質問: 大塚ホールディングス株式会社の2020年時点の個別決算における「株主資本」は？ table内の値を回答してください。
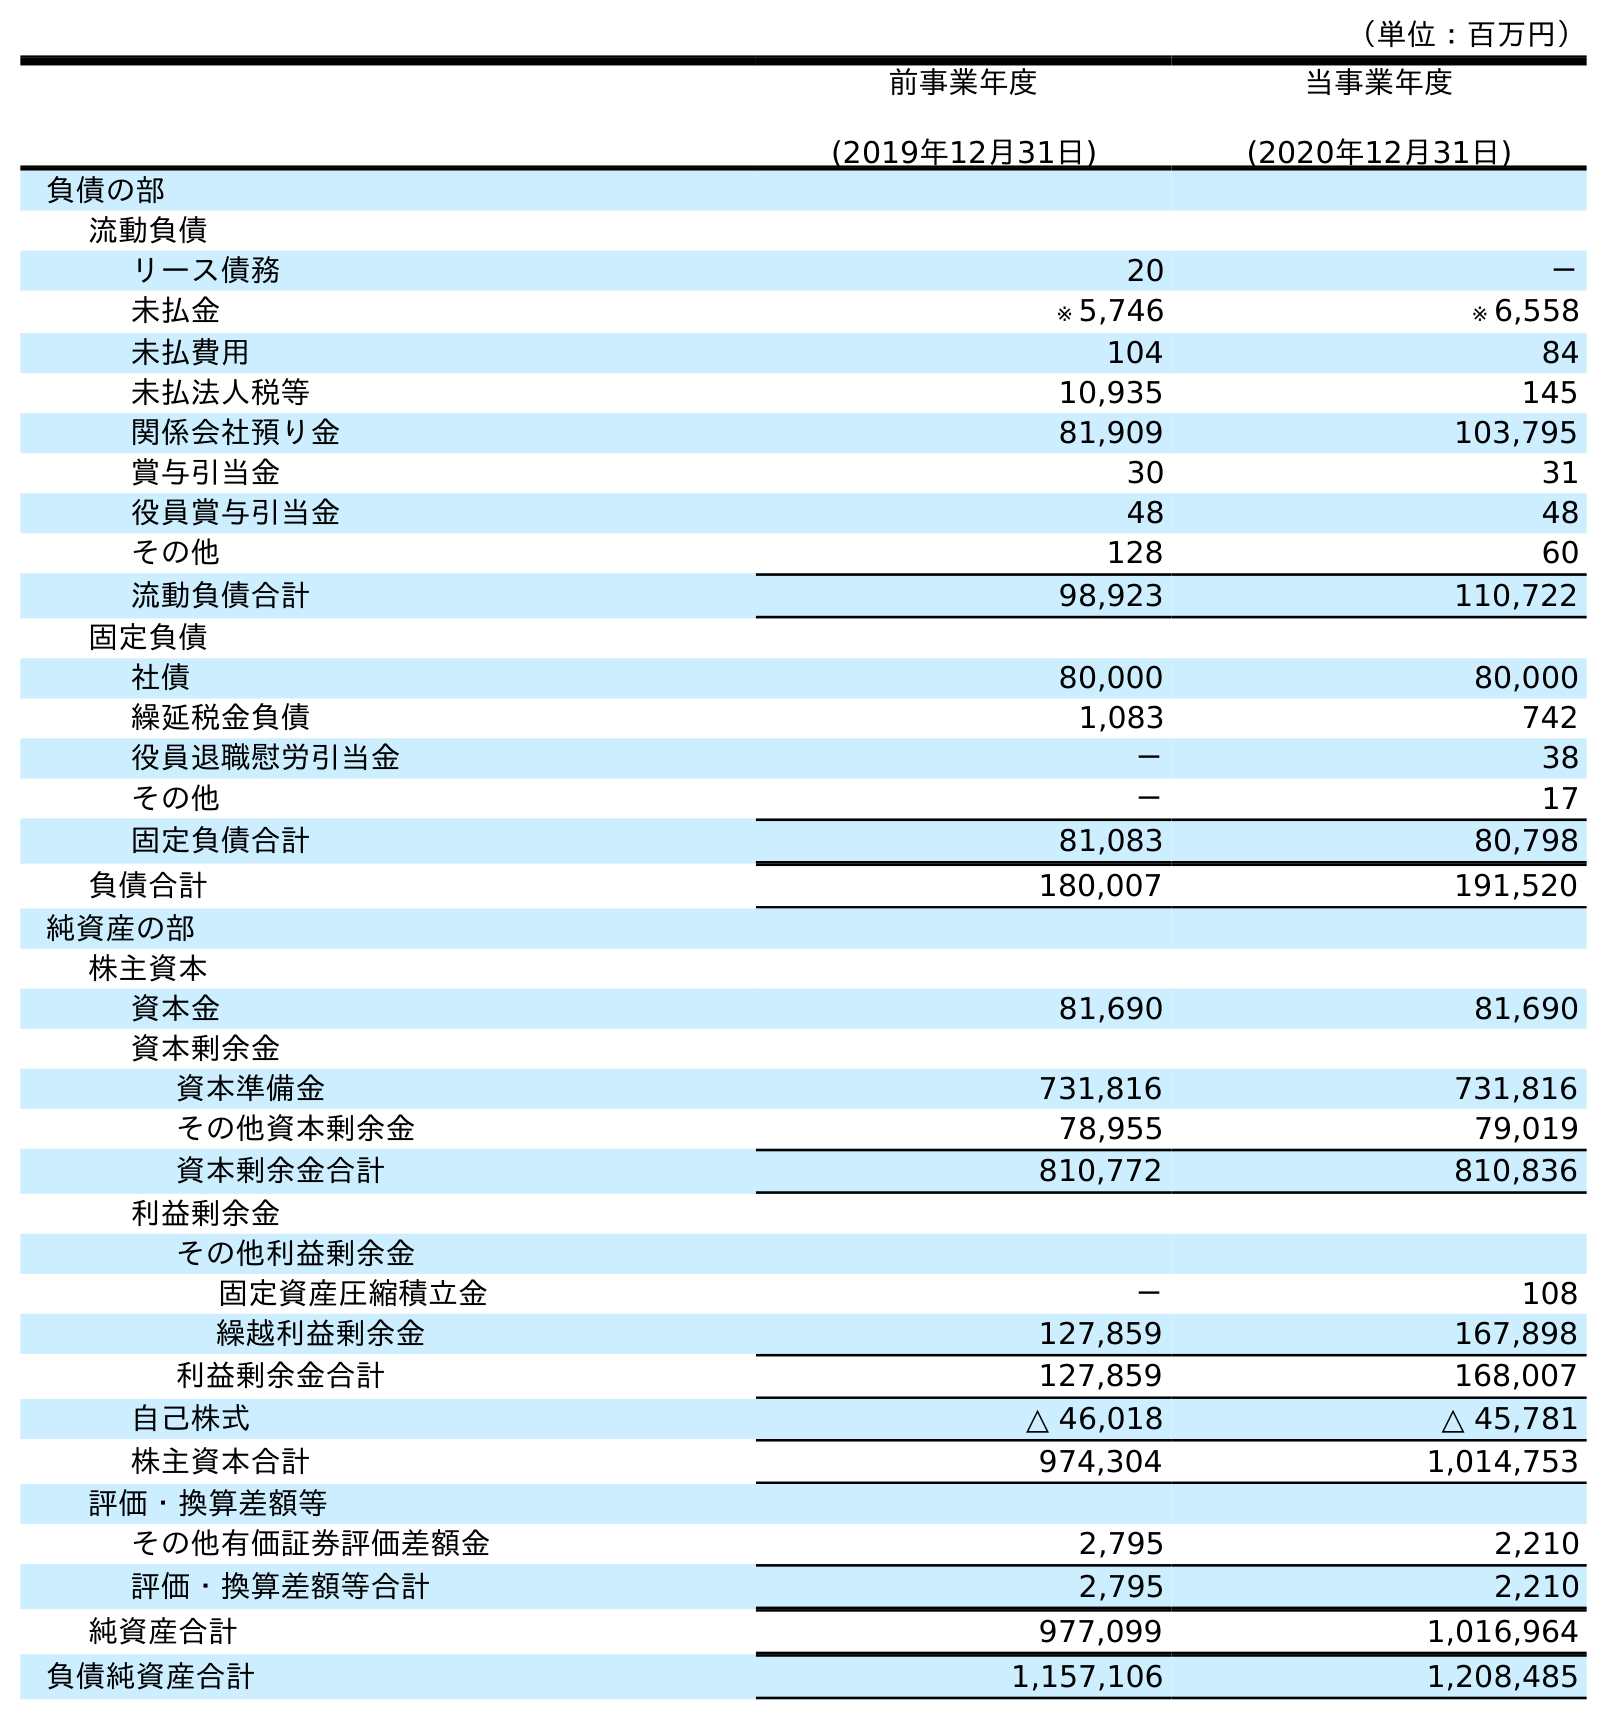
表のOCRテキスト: （単位：百万円） 前事業年度 (2019年12月31日) 当事業年度 (2020年12月31日) 負債の部 流動負債 リース債務 20 － 未払金 ※ 5,746 ※ 6,558 未払費用 104 84 未払法人税等 10,935 145 関係会社預り金 81,909 103,795 賞与引当金 30 31 役員賞与引当金 48 48 その他 128 60 流動負債合計 98,923 110,722 固定負債 社債 80,000 80,000 繰延税金負債 1,083 742 役員退職慰労引当金 － 38 その他 － 17 固定負債合計 81,083 80,798 負債合計 180,007 191,520 純資産の部 株主資本 資本金 81,690 81,690 資本剰余金 資本準備金 731,816 731,816 その他資本剰余金 78,955 79,019 資本剰余金合計 810,772 810,836 利益剰余金 その他利益剰余金 固定資産圧縮積立金 － 108 繰越利益剰余金 127,859 167,898 利益剰余金合計 127,859 168,007 自己株式 △ 46,018 △ 45,781 株主資本合計 974,304 1,014,753 評価・換算差額等 その他有価証券評価差額金 2,795 2,210 評価・換算差額等合計 2,795 2,210 純資産合計 977,099 1,016,964 負債純資産合計 1,157,106 1,208,485
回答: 1,014,753